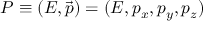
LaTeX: P \equiv ( E , { \vec { p } } ) = ( E , p _ { x } , p _ { y } , p _ { z } )